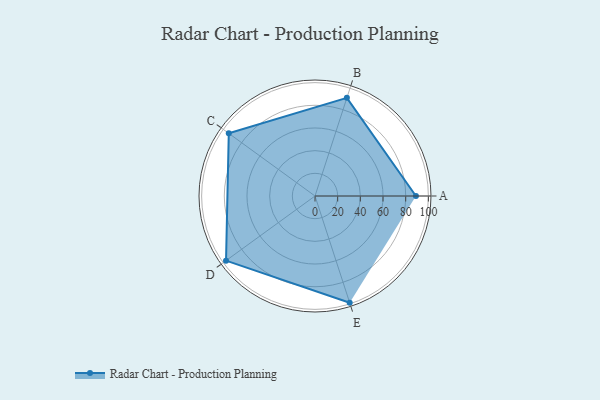
{"axis": {"x": "Skill", "y": "Score"}, "legend": ["Profile"], "data": [{"x": "A", "y": 89.0, "type": "Profile"}, {"x": "B", "y": 91.0, "type": "Profile"}, {"x": "C", "y": 94.0, "type": "Profile"}, {"x": "D", "y": 97.0, "type": "Profile"}, {"x": "E", "y": 99, "type": "Profile"}]}